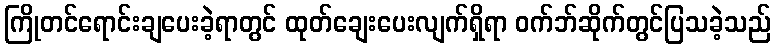
ကြိုတင်ရောင်းချပေးခဲ့ရာတွင် ထုတ်ချေးပေးလျက်ရှိရာ ဝက်ဘ်ဆိုက်တွင်ပြသခဲ့သည်